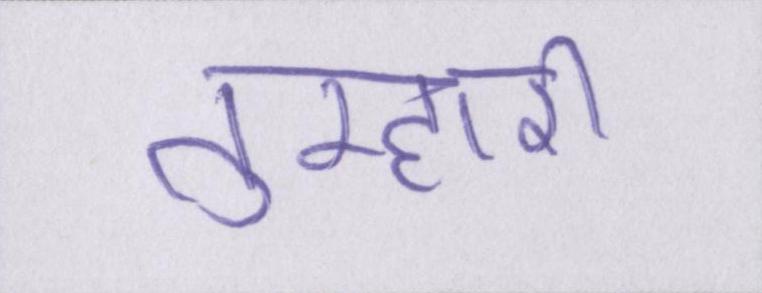
तुम्हारी